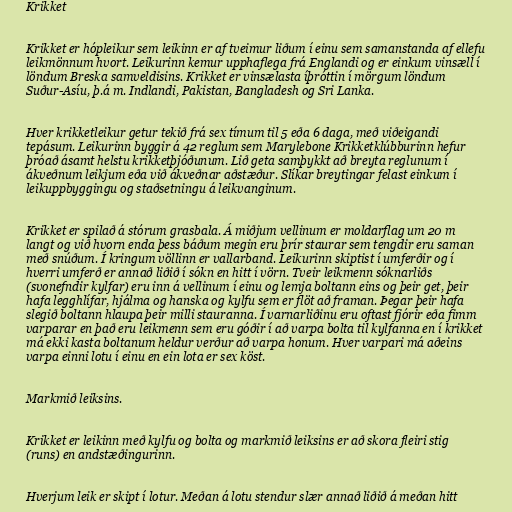
Krikket

Krikket er hópleikur sem leikinn er af tveimur liðum í einu sem samanstanda af ellefu
leikmönnum hvort. Leikurinn kemur upphaflega frá Englandi og er einkum vinsæll í
löndum Breska samveldisins. Krikket er vinsælasta íþróttin í mörgum löndum
Suður-Asíu, þ.á m. Indlandi, Pakistan, Bangladesh og Sri Lanka.

Hver krikketleikur getur tekið frá sex tímum til 5 eða 6 daga, með viðeigandi
tepásum. Leikurinn byggir á 42 reglum sem Marylebone Krikketklúbburinn hefur
þróað ásamt helstu krikketþjóðunum. Lið geta samþykkt að breyta reglunum í
ákveðnum leikjum eða við ákveðnar aðstæður. Slíkar breytingar felast einkum í
leikuppbyggingu og staðsetningu á leikvanginum.

Krikket er spilað á stórum grasbala. Á miðjum vellinum er moldarflag um 20 m
langt og við hvorn enda þess báðum megin eru þrír staurar sem tengdir eru saman
með snúðum. Í kringum völlinn er vallarband. Leikurinn skiptist í umferðir og í
hverri umferð er annað liðið í sókn en hitt í vörn. Tveir leikmenn sóknarliðs
(svonefndir kylfar) eru inn á vellinum í einu og lemja boltann eins og þeir get, þeir
hafa legghlífar, hjálma og hanska og kylfu sem er flöt að framan. Þegar þeir hafa
slegið boltann hlaupa þeir milli stauranna. Í varnarliðinu eru oftast fjórir eða fimm
varparar en það eru leikmenn sem eru góðir í að varpa bolta til kylfanna en í krikket
má ekki kasta boltanum heldur verður að varpa honum. Hver varpari má aðeins
varpa einni lotu í einu en ein lota er sex köst.

Markmið leiksins.

Krikket er leikinn með kylfu og bolta og markmið leiksins er að skora fleiri stig
(runs) en andstæðingurinn.

Hverjum leik er skipt í lotur. Meðan á lotu stendur slær annað liðið á meðan hitt